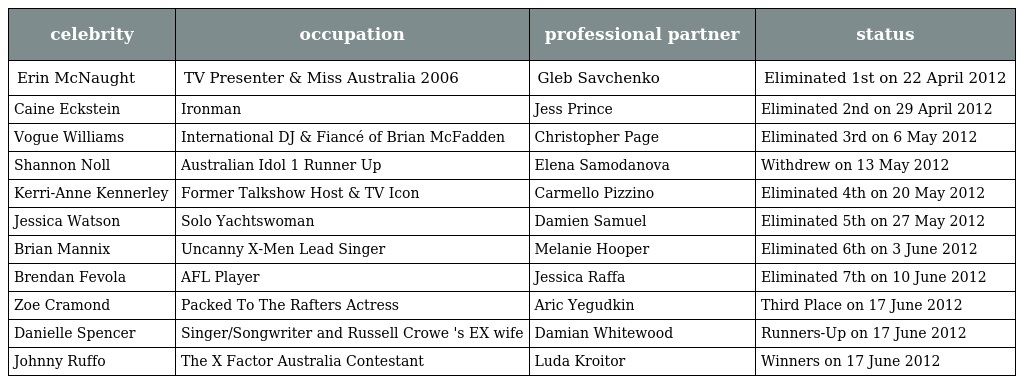
| celebrity | occupation | professional partner | status |
 | --- | --- | --- | --- |
 | Erin McNaught | TV Presenter & Miss Australia 2006 | Gleb Savchenko | Eliminated 1st on 22 April 2012 |
 | Caine Eckstein | Ironman | Jess Prince | Eliminated 2nd on 29 April 2012 |
 | Vogue Williams | International DJ & Fiancé of Brian McFadden | Christopher Page | Eliminated 3rd on 6 May 2012 |
 | Shannon Noll | Australian Idol 1 Runner Up | Elena Samodanova | Withdrew on 13 May 2012 |
 | Kerri-Anne Kennerley | Former Talkshow Host & TV Icon | Carmello Pizzino | Eliminated 4th on 20 May 2012 |
 | Jessica Watson | Solo Yachtswoman | Damien Samuel | Eliminated 5th on 27 May 2012 |
 | Brian Mannix | Uncanny X-Men Lead Singer | Melanie Hooper | Eliminated 6th on 3 June 2012 |
 | Brendan Fevola | AFL Player | Jessica Raffa | Eliminated 7th on 10 June 2012 |
 | Zoe Cramond | Packed To The Rafters Actress | Aric Yegudkin | Third Place on 17 June 2012 |
 | Danielle Spencer | Singer/Songwriter and Russell Crowe 's EX wife | Damian Whitewood | Runners-Up on 17 June 2012 |
 | Johnny Ruffo | The X Factor Australia Contestant | Luda Kroitor | Winners on 17 June 2012 |